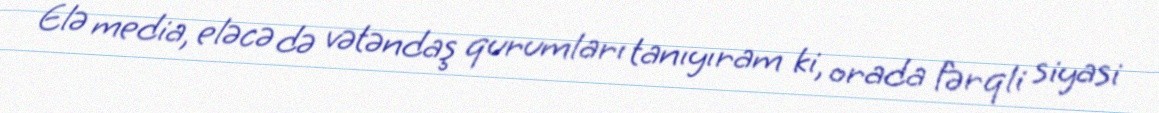
Elə media, eləcə də vətəndaş qurumları tanıyıram ki, orada fərqli siyasi